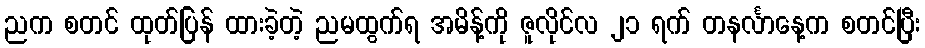
ညက စတင် ထုတ်ပြန် ထားခဲ့တဲ့ ညမထွက်ရ အမိန့်ကို ဇူလိုင်လ ၂၁ ရက် တနင်္လာနေ့က စတင်ပြီး